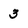
Character: 3